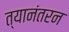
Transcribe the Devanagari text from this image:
त्यानंतरन